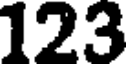
123